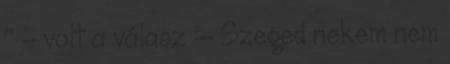
" - volt a válasz :- Szeged nekem nem